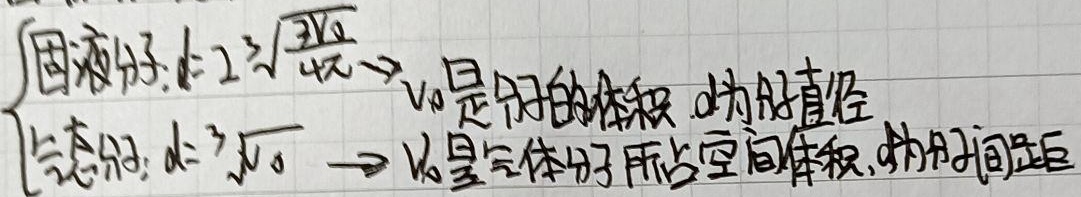
$\begin{cases}\text{固液分子}: d < 2\sqrt[3]{\frac{3V_0}{4\pi}} ，V_0\text{是分子的体积}, d\text{为分子直径}\\\text{气态分子}: d > \sqrt[3]{V_0} ，V_0\text{是气体分子所占空间体积}, d\text{为分子间距}\end{cases}$